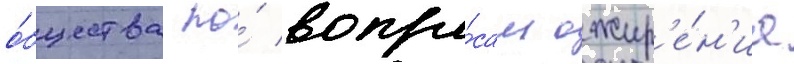
о́бщества по́ вопро́сам ожир'е́н'иа